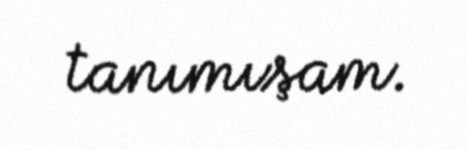
tanımışam.